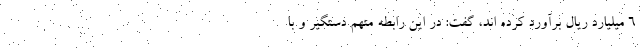
۶ میلیارد ریال برآورد کرده اند، گفت: در این رابطه متهم دستگیر و با